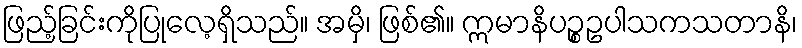
ဖြည့်ခြင်းကိုပြုလေ့ရှိသည်။ အမှိ၊ ဖြစ်၏။ ဣမာနိပဉ္စဥပါသကသတာနိ၊